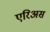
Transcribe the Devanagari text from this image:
एरिअस